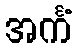
အင်္ကံ